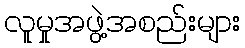
လူမှုအဖွဲ့အစည်းများ